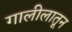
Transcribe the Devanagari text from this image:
गालीलातून